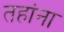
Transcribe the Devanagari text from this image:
तहांना